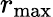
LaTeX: r_{\mathrm{max}}